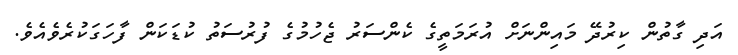
އަދި ގާތުން ކިރުދޭ މައިންނަށް އުރަމަތީގެ ކެންސަރު ޖެހުމުގެ ފުރުސަތު ކުޑަކަން ފާހަގަކުރެވެއެވެ.